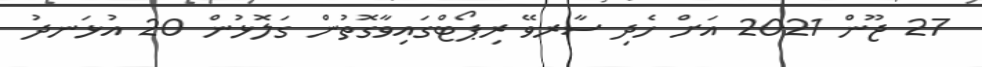
27 ޖޫން 2021 އަށް ހެދި ސާރވޭ ރިޕޯޓްގައިވާގޮތުން ގަލޮޅުން 20 އުޅަނދު